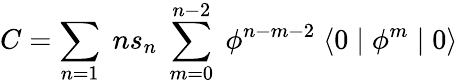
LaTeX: C=\sum_{n=1}\; ns_{n}\; \sum_{m=0}^{n-2}\; \phi^{n-m-2}\; \langle 0\mid\phi^{m}\mid 0\rangle